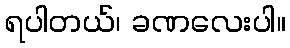
ရပါတယ်၊ ခဏလေးပါ။